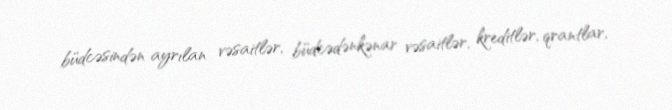
büdcəsindən ayrılan vəsaitlər, büdcədənkənar vəsaitlər, kreditlər, qrantlar,